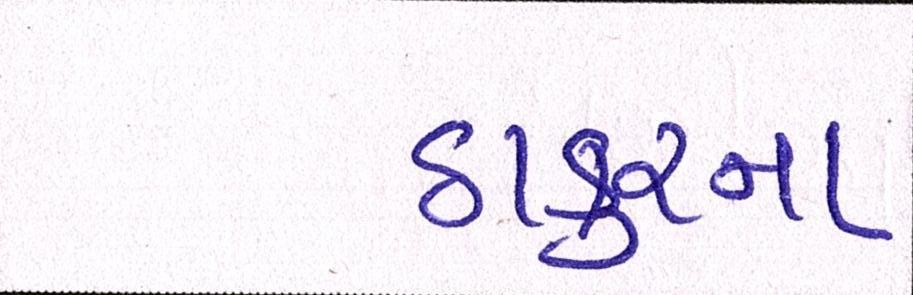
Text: ઠાકુરના